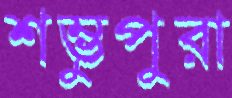
শম্ভুপুরা